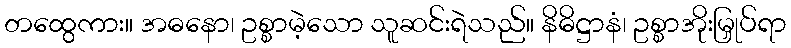
တထွေကား။ အဓနော၊ ဥစ္စာမဲ့သော သူဆင်းရဲသည်။ နိဓိဋ္ဌာနံ၊ ဥစ္စာအိုးမြှုပ်ရာ